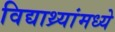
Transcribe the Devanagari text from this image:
विद्याथ्र्यांमध्ये